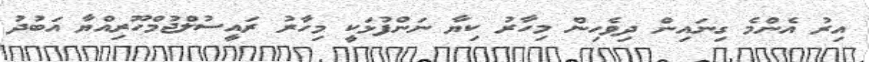
އިރު އެންމެ ގިނައިން ދިވެހިން މިހާރު ކިޔާ ނަންފުޅަކީ މިހާރު ރައީސުލްޖުމްހޫރިއްޔާ އަބުދު